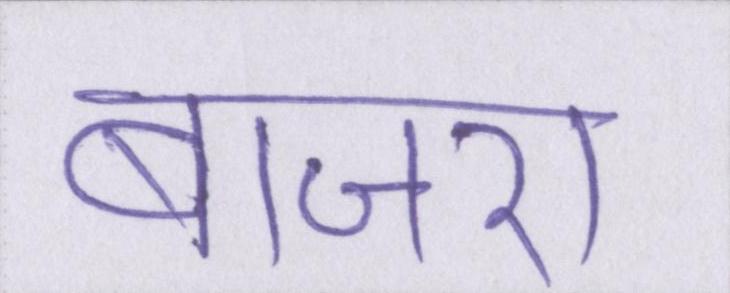
बाजरा